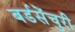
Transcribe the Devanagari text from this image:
बर्डसेंचुरी